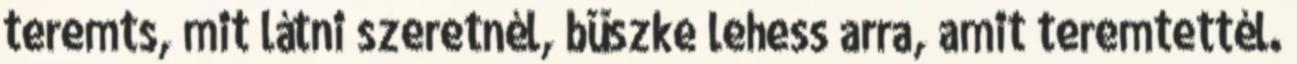
teremts, mit látni szeretnél, büszke lehess arra, amit teremtettél.